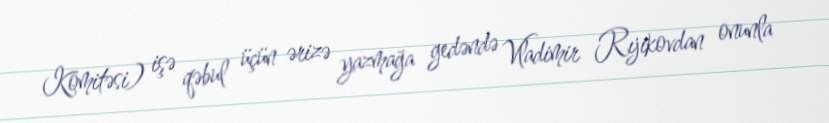
Komitəsi) işə qəbul üçün ərizə yazmağa gedəndə Vladimir Rıjikovdan onunla